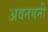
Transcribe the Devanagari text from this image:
अवनमनी